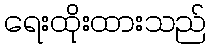
ရေးထိုးထားသည်